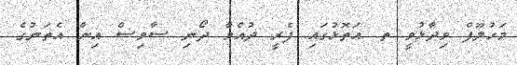
މަހުލޫފް ވިދާޅުވީ ތ. އަތޮޅުގައި ފެރީ ދުއްވާ ދޯނި ސާވިސް އިން އެތަނުގެ